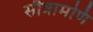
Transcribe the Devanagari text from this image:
सौत्रामणि